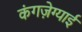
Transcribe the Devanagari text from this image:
कंगज़ेग्याई